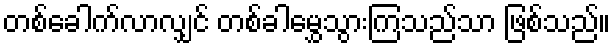
တစ်ခေါက်လာလျှင် တစ်ခါမွှေသွားကြသည်သာ ဖြစ်သည်။